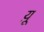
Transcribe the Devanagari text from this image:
य़ू